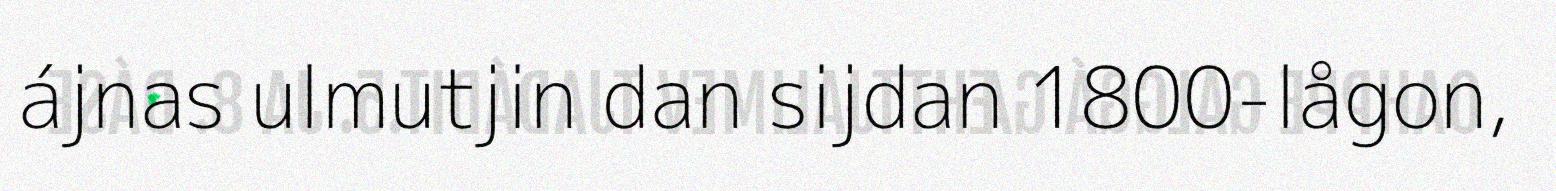
ájnas ulmutjin dan sijdan 1800-lågon,